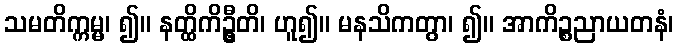
သမတိက္ကမ္မ၊ ၍။ နတ္ထိကိဦ္စတိ၊ ဟူ၍။ မနသိကတွာ၊ ၍။ အာကိဉ္စညာယတနံ၊